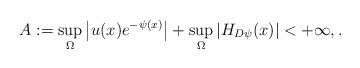
LaTeX: \begin{align*}A:=\sup_{\Omega}\left\vert u (x) e^{-\psi (x)}\right\vert +\sup_{\Omega}\left\vert H_{D\psi} (x) \right\vert<+\infty,.\end{align*}